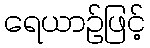
ရေယာဉ်ဖြင့်